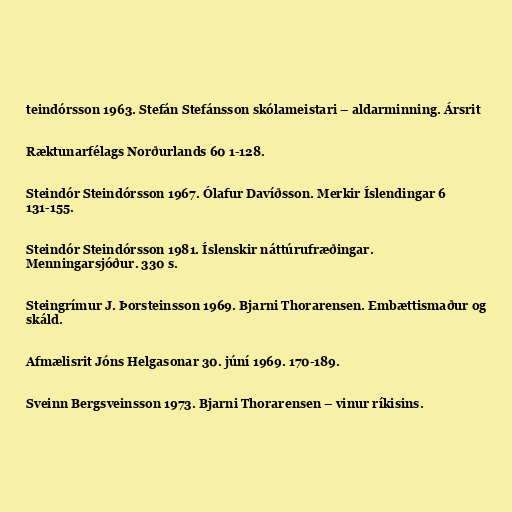
teindórsson 1963. Stefán Stefánsson skólameistari – aldarminning. Ársrit

Ræktunarfélags Norðurlands 60 1-128.

Steindór Steindórsson 1967. Ólafur Davíðsson. Merkir Íslendingar 6
131-155.

Steindór Steindórsson 1981. Íslenskir náttúrufræðingar.
Menningarsjóður. 330 s.

Steingrímur J. Þorsteinsson 1969. Bjarni Thorarensen. Embættismaður og
skáld.

Afmælisrit Jóns Helgasonar 30. júní 1969. 170-189.

Sveinn Bergsveinsson 1973. Bjarni Thorarensen – vinur ríkisins.